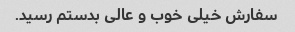
سفارش خیلی خوب و عالی بدستم رسید.